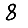
Digit: 8